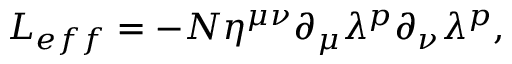
{ \cal L } _ { e f f } = - N \eta ^ { \mu \nu } \partial _ { \mu } \lambda ^ { p } \partial _ { \nu } \lambda ^ { p } ,